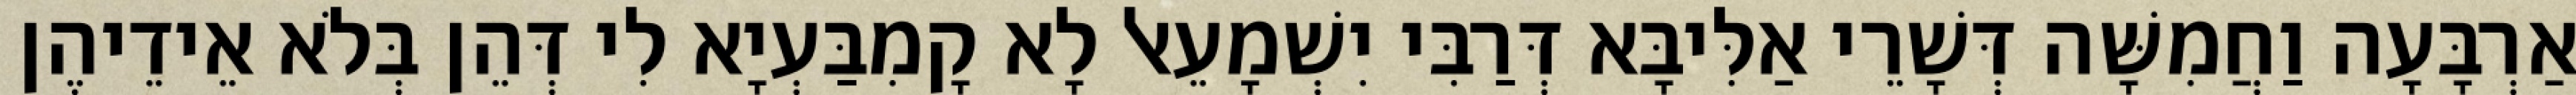
אַרְבָּעָה וַחֲמִשָּׁה דְּשָׁרֵי אַלִּיבָּא דְּרַבִּי יִשְׁמָעֵאל לָא קָמִבַּעְיָא לִי דְּהֵן בְּלֹא אֵידֵיהֶן